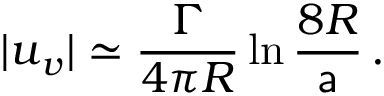
| \boldsymbol { u } _ { v } | \simeq \frac { \Gamma } { 4 \pi R } \ln \frac { 8 R } { { \sf a } } \, .